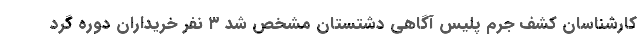
کارشناسان کشف جرم پلیس آگاهی دشتستان مشخص شد ۳ نفر خریداران دوره گرد